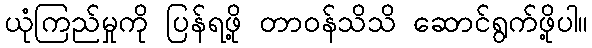
ယုံကြည်မှုကို ပြန်ရဖို့ တာဝန်သိသိ ဆောင်ရွက်ဖို့ပါ။